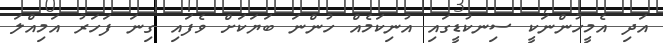
އަދި އެމީހުންނަކީ ސިނކުޑީގައި އުނިކަމެއް ހުންނަ ބަޔަކަށް ވެފައި ގިނަ ފަހަރު އަމިއްލަ